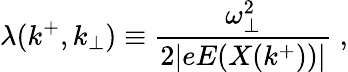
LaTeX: \lambda(k^{+},k_{\bot})\equiv{\frac{\omega_{\bot}^{2}}{2\vert eE(X(k^{+}))\vert}}\; ,